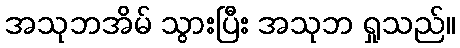
အသုဘအိမ် သွားပြီး အသုဘ ရှုသည်။